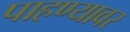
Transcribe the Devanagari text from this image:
पाहण्यावर